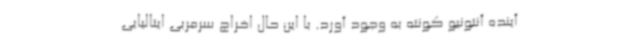
آینده آنتونیو کونته به وجود آورد. با این حال اخراج سرمربی ایتالیایی